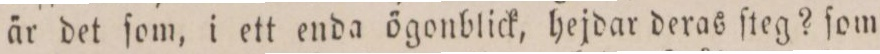
är det ſom, i ett enda ögonblick, hejdar deras ſteg? ſom